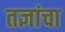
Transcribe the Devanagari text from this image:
तज्ञांचा